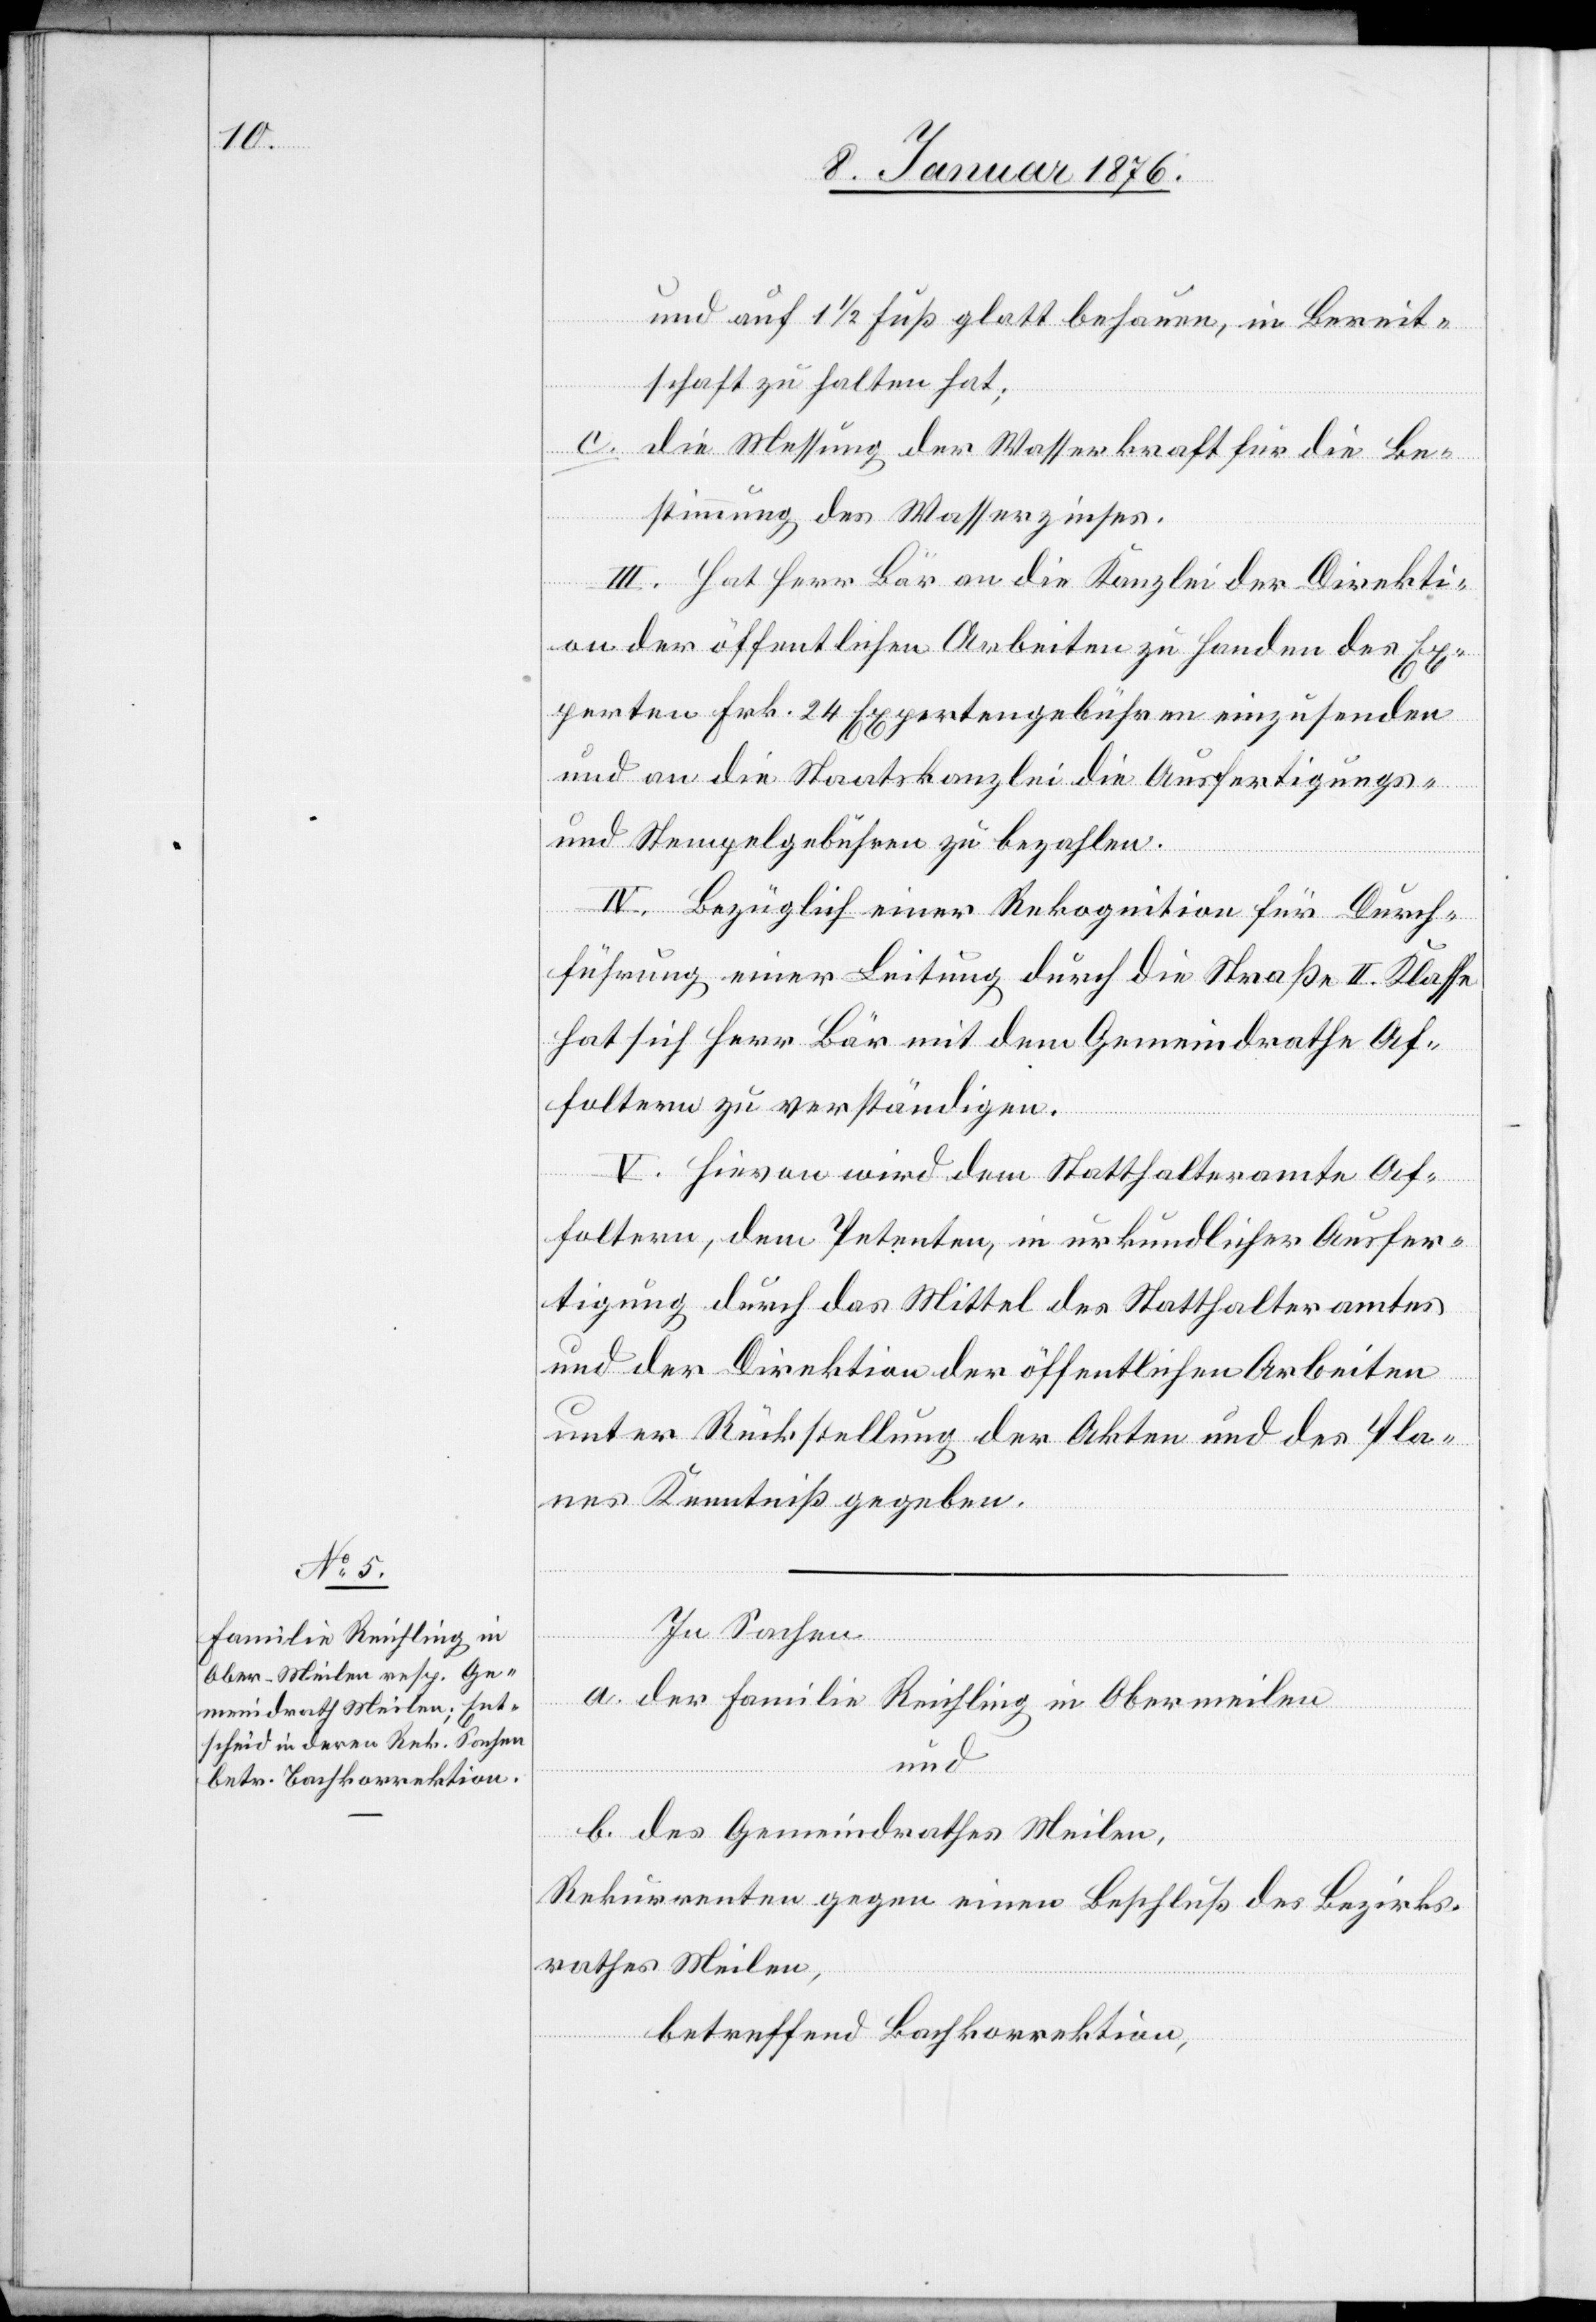
und auf 1 1/2 Fuß glatt behauen, in Bereit¬
schaft zu halten hat;
die Messung der Wasserkraft für die Be¬
stimmung des Wasserzines.
III. Hat Herr Bär an die Kanzlei der Direkti¬
on der öffentlichen Arbeiten zu Handen der Ex¬
perten Frk. 24 Expertengebühren einzusenden
und an die Staatskanzlei die Ausfertigungs-
und Stempelgebühren zu bezahlen.
IV. Bezüglich einer Rekognition für Durch¬
führung einer Leitung durch die Straße II. Klasse
hat sich Herr Bär mit dem Gemeindrathe Af¬
foltern zu verständigen.
V. Hievon wird dem Statthalteramte Af¬
foltern, dem Petenten, in urkundlicher Ausfer¬
tigung durch das Mittel des Statthalteramtes
und der Direktion der öffentlichen Arbeiten
unter Rückstellung der Akten und des Pla¬
nes Kenntniß gegeben.
In Sachen
a. der Familie Reichling in Obermeilen
und
b. des Gemeindrathes Meilen,
Rekurrenten gegen einen Beschluß des Bezirks¬
rathes Meilen,
betreffend Bachkorrektion,